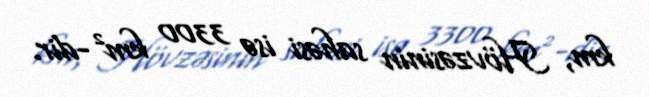
km, Hövzəsinin sahəsi isə 3300 km²-dir.